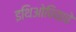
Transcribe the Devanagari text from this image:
इथिओपियाचे